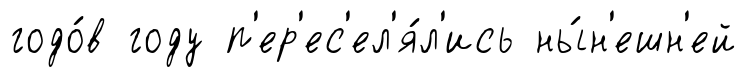
годо́в году п'ер'ес'ел'я́л'ись ны́н'ешн'ей